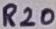
Text: R20